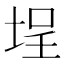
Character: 埕